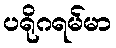
ပရိုဂရမ်မာ